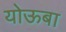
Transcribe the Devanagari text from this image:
योऊबा